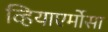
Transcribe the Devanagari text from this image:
व्हियाएर्मोसा